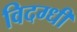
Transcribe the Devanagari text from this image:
विदग्धी